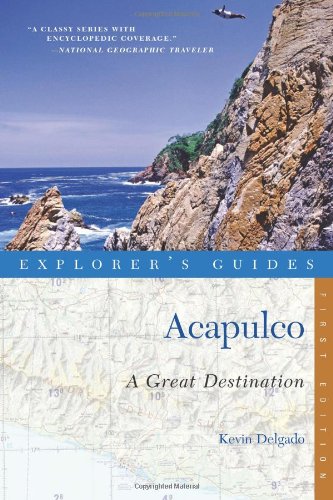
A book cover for Explorer's Guide Acapulco: A Great Destination (Explorer's Great Destinations); Kevin Delgado; Travel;